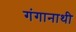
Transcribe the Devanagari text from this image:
गंगानाथी